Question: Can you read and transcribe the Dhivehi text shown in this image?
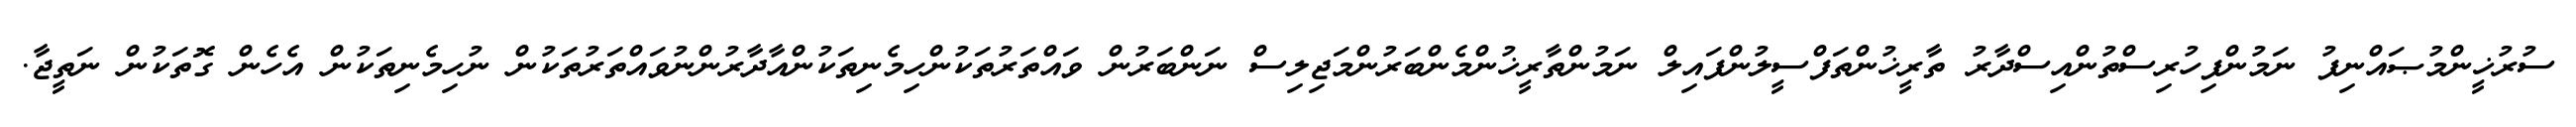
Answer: ސުރުޚީންމުޞައްނިފު ނަމުންފިހުރިސްތުންއިސްދާރު ތާރީޚުންތަފްސީލުންފައިލް ނަމުންތާރީޚުންމެންބަރުންމަޖިލިސް ނަންބަރުން ވައްތަރުތަކުންހިމެނިތަކުންއާދާރުންނުވައްތަރުތަކުން ނުހިމެނިތަކުން އެހެން ގޮތަކުން ނަތީޖާ.